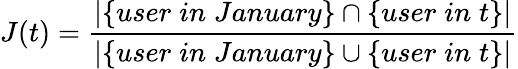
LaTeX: J(t)=\frac{|\{ user\; in\; January\} \cap\{ user\; in\; t\} |}{|\{ user\; in\; January\} \cup\{ user\; in\; t\} |}